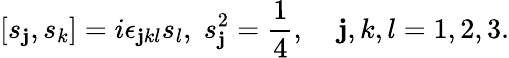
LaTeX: [s_{\mathbf{j}},s_{k}]=i\epsilon_{\mathbf{j}kl}s_{l},\; s_{\mathbf{j}}^{2}=\frac{{1}}{{4}},\; \; \; \; \mathbf{j},k,l=1,2,3.